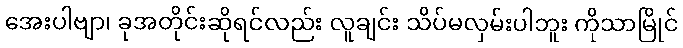
အေးပါဗျာ၊ ခုအတိုင်းဆိုရင်လည်း လူချင်း သိပ်မလှမ်းပါဘူး ကိုသာမြိုင်